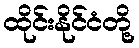
ထိုင်းနိုင်ငံတို့